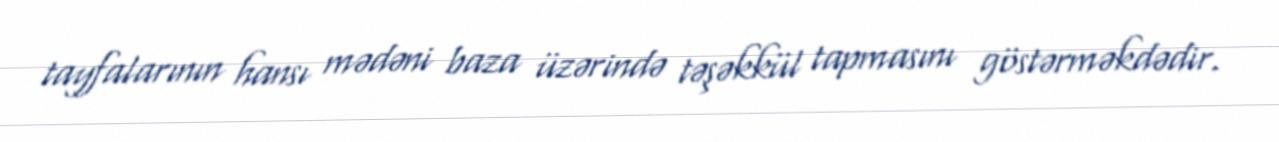
tayfalarının hansı mədəni baza üzərində təşəkkül tapmasını göstərməkdədir.